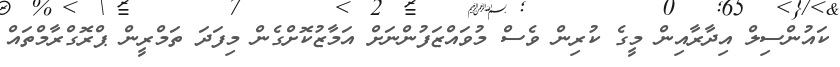
ކައުންސިލް އިދާރާއިން މީގެ ކުރިން ވެސް މުވައްޒަފުންނަށް އަމާޒުކޮށްގެން މިފަދަ ތަމްރީން ޕްރޮގްރާމްތައް